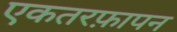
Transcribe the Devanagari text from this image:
एकतरफ़ापन